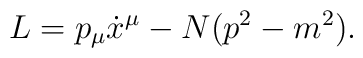
L = p_{\mu} \dot{x}^{\mu} - N(p^2 - m^2).